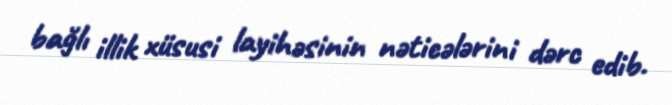
bağlı illik xüsusi layihəsinin nəticələrini dərc edib.